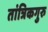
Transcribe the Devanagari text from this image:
तांत्रिकगुरु